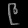
Digit: ၉